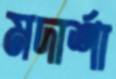
মদার্শা